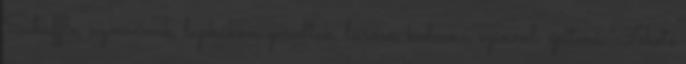
Schuffle, nyomának, lapkákon, gurultak, leírása, kedvenc, színnel, építeni, Fekete